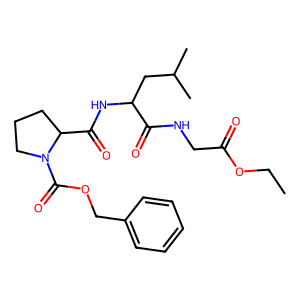
SMILES: CCOC(=O)CNC(=O)C(CC(C)C)NC(=O)C1CCCN1C(=O)OCc1ccccc1
Inhibits HIV replication: No